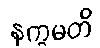
နက္ခမတိ